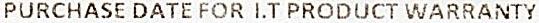
PURCHASE DATE FOR I.T PRODUCT WARRANTY